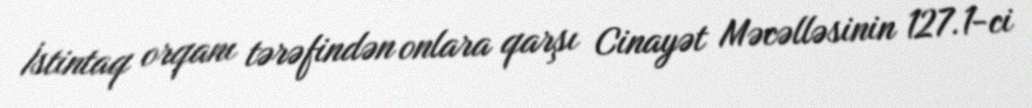
İstintaq orqanı tərəfindən onlara qarşı Cinayət Məcəlləsinin 127.1-ci